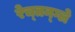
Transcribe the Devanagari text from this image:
रेच्तन्ग्ले